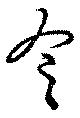
令